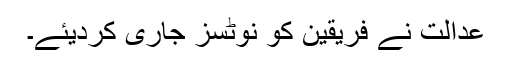
عدالت نے فریقین کو نوٹسز جاری کردیئے۔